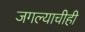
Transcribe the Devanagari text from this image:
जगल्याचीही